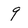
Character: 9